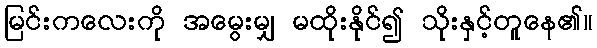
မြင်းကလေးကို အမွေးမျှ မထိုးနိုင်၍ သိုးနှင့်တူနေ၏။